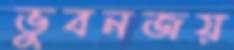
ভুবনজয়